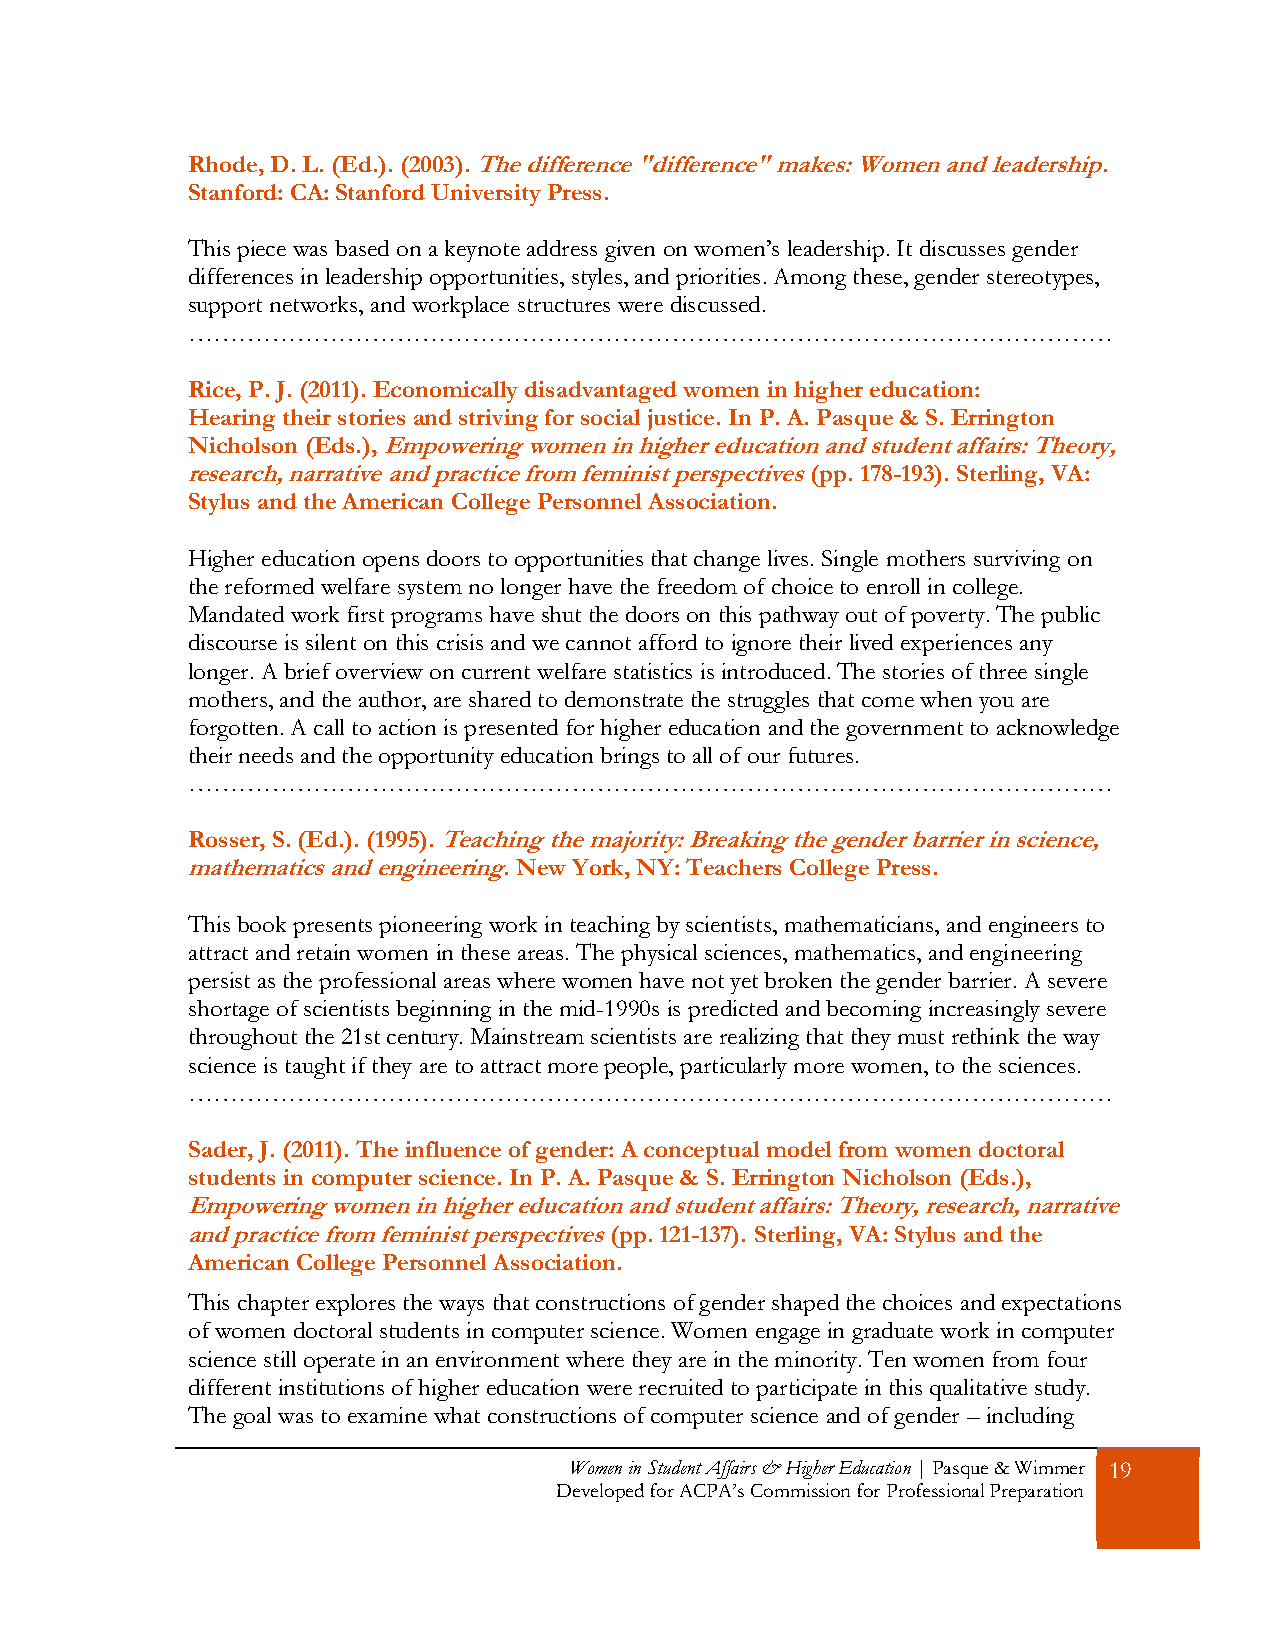
Rhode, D. L. (Ed.). (2003). The difference "difference" makes: Women and leadership.
 Stanford: CA: Stanford University Press.
 This piece was based on a keynote address given on women’s leadership. It discusses gender
 differences in leadership opportunities, styles, and priorities. Among these, gender stereotypes,
 support networks, and workplace structures were discussed.
 …………………………………………………………………………………………………
 Rice, P. J. (2011). Economically disadvantaged women in higher education:
 Hearing their stories and striving for social justice. In P. A. Pasque & S. Errington
 Nicholson (Eds.), Empowering women in higher education and student affairs: Theory,
 research, narrative and practice from feminist perspectives (pp. 178-193). Sterling, VA:
 Stylus and the American College Personnel Association.
 Higher education opens doors to opportunities that change lives. Single mothers surviving on
 the reformed welfare system no longer have the freedom of choice to enroll in college.
 Mandated work first programs have shut the doors on this pathway out of poverty. The public
 discourse is silent on this crisis and we cannot afford to ignore their lived experiences any
 longer. A brief overview on current welfare statistics is introduced. The stories of three single
 mothers, and the author, are shared to demonstrate the struggles that come when you are
 forgotten. A call to action is presented for higher education and the government to acknowledge
 their needs and the opportunity education brings to all of our futures.
 …………………………………………………………………………………………………
 Rosser, S. (Ed.). (1995). Teaching the majority: Breaking the gender barrier in science,
 mathematics and engineering. New York, NY: Teachers College Press.
 This book presents pioneering work in teaching by scientists, mathematicians, and engineers to
 attract and retain women in these areas. The physical sciences, mathematics, and engineering
 persist as the professional areas where women have not yet broken the gender barrier. A severe
 shortage of scientists beginning in the mid-1990s is predicted and becoming increasingly severe
 throughout the 21st century. Mainstream scientists are realizing that they must rethink the way
 science is taught if they are to attract more people, particularly more women, to the sciences.
 …………………………………………………………………………………………………
 Sader, J. (2011). The influence of gender: A conceptual model from women doctoral
 students in computer science. In P. A. Pasque & S. Errington Nicholson (Eds.),
 Empowering women in higher education and student affairs: Theory, research, narrative
 and practice from feminist perspectives (pp. 121-137). Sterling, VA: Stylus and the
 American College Personnel Association.
 This chapter explores the ways that constructions of gender shaped the choices and expectations
 of women doctoral students in computer science. Women engage in graduate work in computer
 science still operate in an environment where they are in the minority. Ten women from four
 different institutions of higher education were recruited to participate in this qualitative study.
 The goal was to examine what constructions of computer science and of gender – including
 Women in Student Affairs & Higher Education | Pasque & Wimmer 19
 Developed for ACPA’s Commission for Professional Preparation